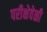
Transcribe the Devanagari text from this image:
परीक्षेवेळी